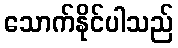
သောက်နိုင်ပါသည်